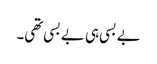
بے بسی ہی بے بسی تھی۔